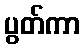
ပွတ်ကာ